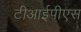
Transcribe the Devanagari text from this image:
टीआईपीएस